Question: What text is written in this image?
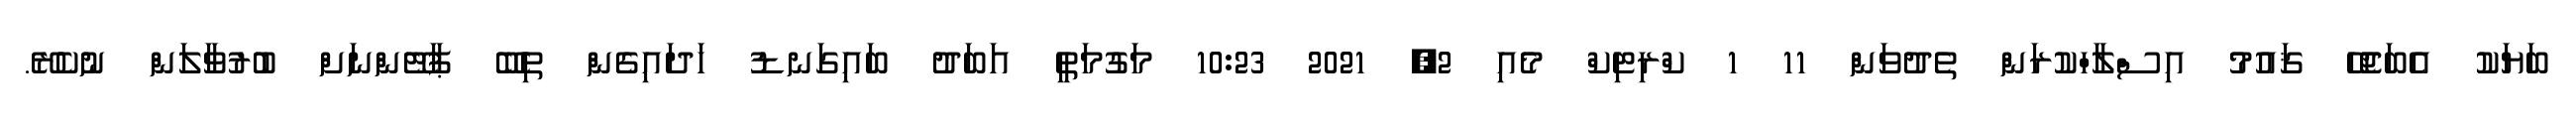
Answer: ބަޔަކު އެބަޖެހޭ ޤައުމު އިސްލާހްކުރަން ތެދުވަން 11 1 ކްރިޓިކް މެއި 2, 2021 10:23 މަގުމަތީ އަބަދު ބައިގަނޑު ހަދައިގެން ތިބޭ ޕާޓޭންނަށް ބުރުވާލަން ނުކެރޭ.